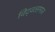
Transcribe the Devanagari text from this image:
विद्‍वत्समाज